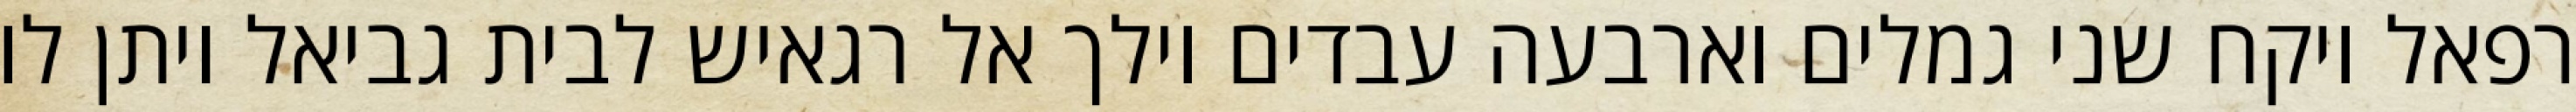
רפאל ויקח שני גמלים וארבעה עבדים וילך אל רגאיש לבית גביאל ויתן לו